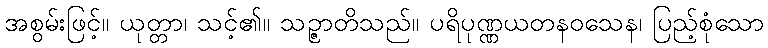
အစွမ်းဖြင့်။ ယုတ္တာ၊ သင့်၏။ သဉ္ဇာတိသည်။ ပရိပုဏ္ဏယတနဝသေန၊ ပြည့်စုံသော